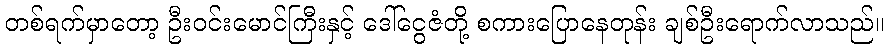
တစ်ရက်မှာတော့ ဦးဝင်းမောင်ကြီးနှင့် ဒေါ်ငွေဇံတို့ စကားပြောနေတုန်း ချစ်ဦးရောက်လာသည်။